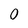
Character: 0